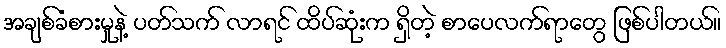
အချစ်ခံစားမှုနဲ့ ပတ်သက် လာရင် ထိပ်ဆုံးက ရှိတဲ့ စာပေလက်ရာတွေ ဖြစ်ပါတယ်။